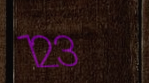
123